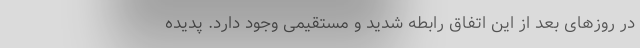
در روزهای بعد از این اتفاق رابطه شدید و مستقیمی وجود دارد. پدیده